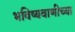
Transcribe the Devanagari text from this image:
भविष्यवाणीच्या